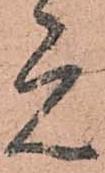
元